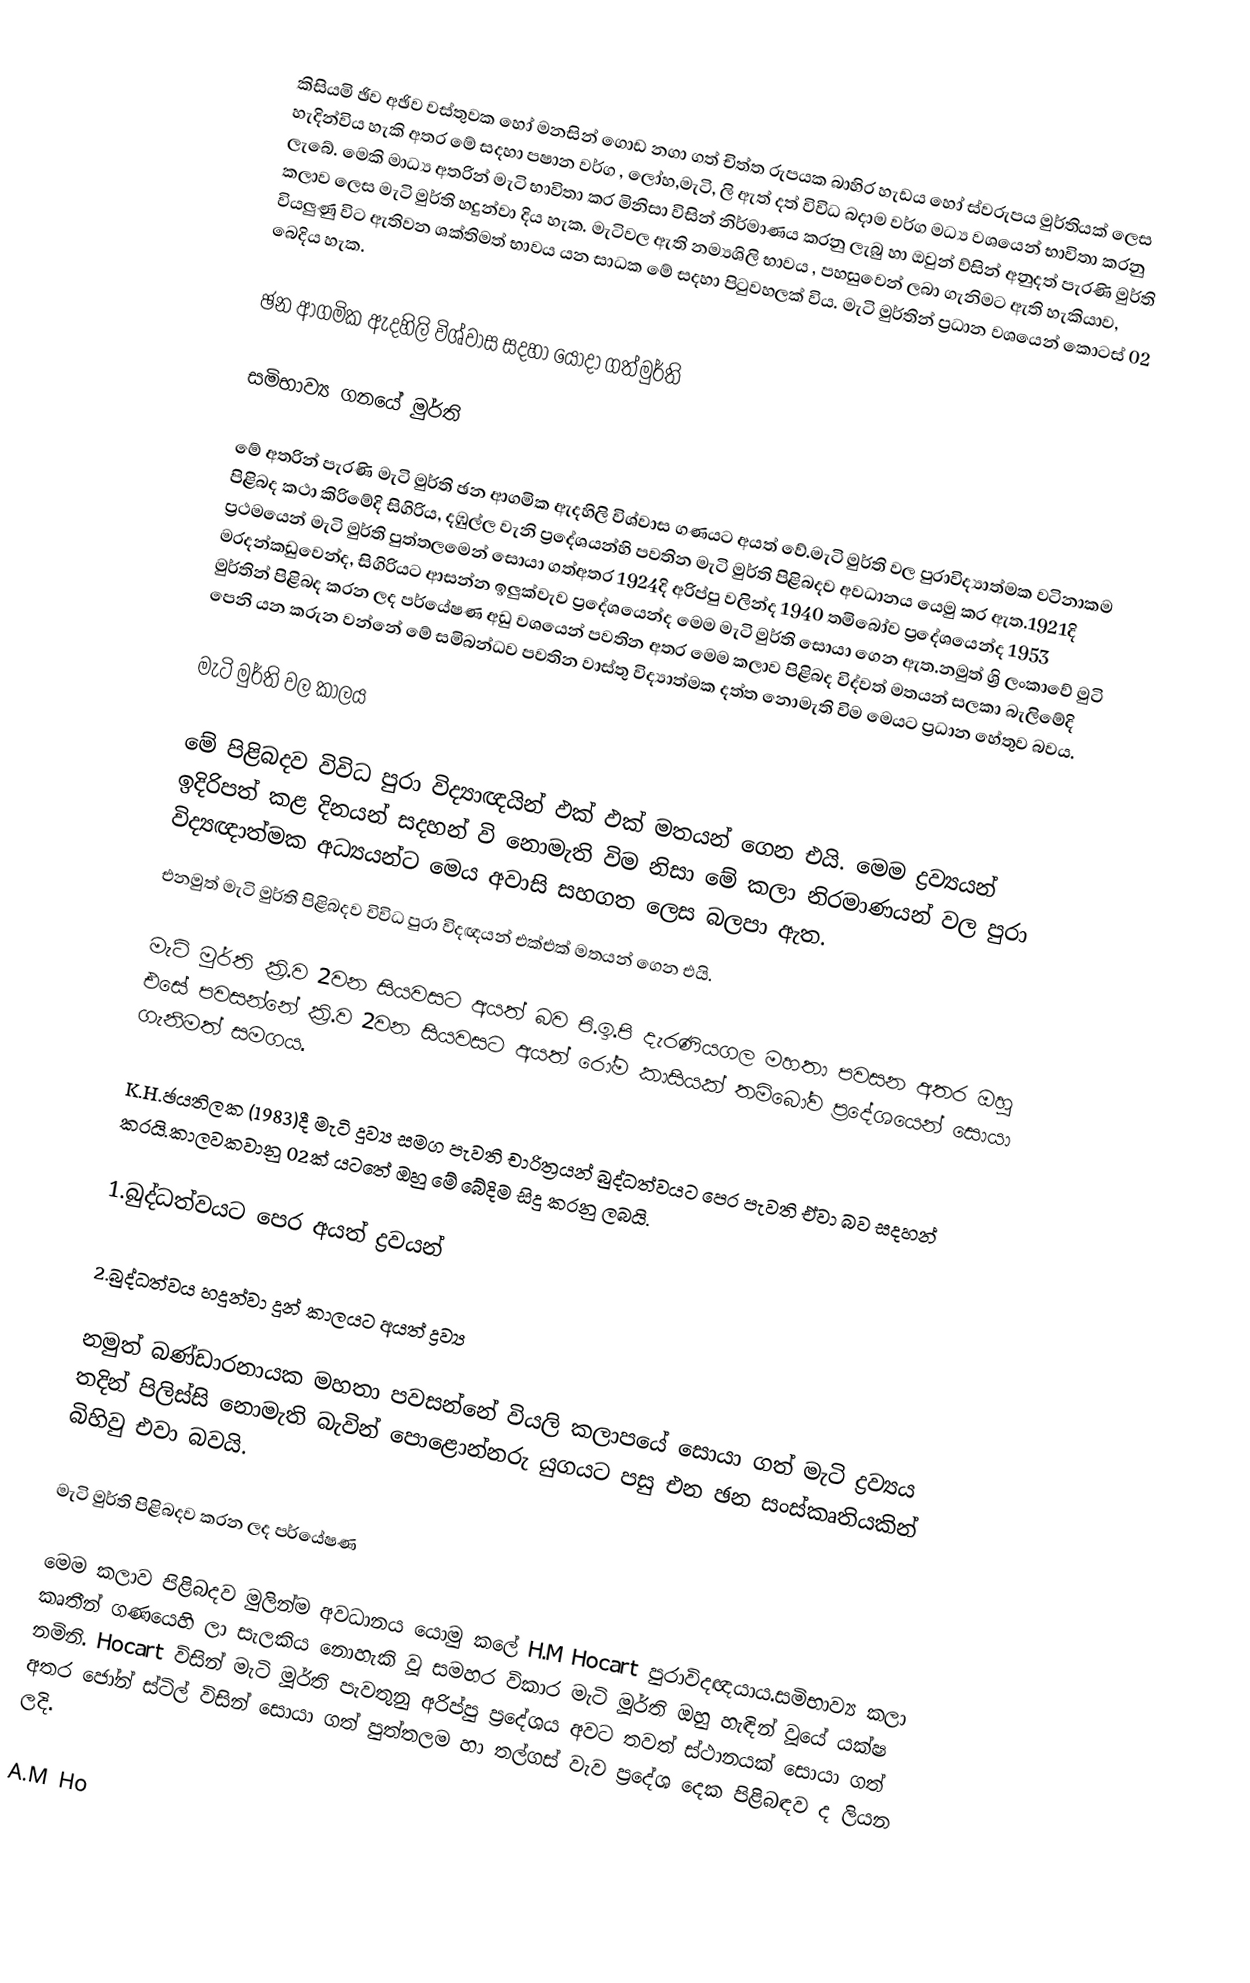
කිසියමි ඡිව අඡිව වස්තුවක හෝ මනසින් ගොඩ නගා ගත් චිත්ත රුපයක බාහිර හැඩය හෝ ස්වරුපය මුර්තියක් ලෙස හැදින්විය හැකි අතර මේ සදහා පෂාන වර්ග , ලෝහ,මැටි, ලි ඇත් දත් විවිධ බදාම වර්ග මධ්‍ය වශයෙන් භාවිතා කරනු ලැබේ. මෙකි මාධ්‍ය අතරින් මැටි භාවිතා කර මිනිසා විසින් නිර්මාණය කරනු ලැබු හා ඔවුන් ව්සින් අනුදත් පැරණි මුර්ති කලාව ලෙස මැටි මුර්ති හදුන්වා දිය හැක. මැටිවල ඇති නම්‍යශිලි භාවය , පහසුවෙන් ලබා ගැනිමට ඇති හැකියාව, වියලුණු විට ඇතිවන ශක්තිමත් භාවය යන සාධක මේ සදහා පිටුවහලක් විය. මැටි මුර්තින් ප්‍රධාන වශයෙන් කොටස් 02 බෙදිය හැක.

ඡන ආගමික ඇදහිලි විශ්වාස සදහා යොදා ගත්මුර්ති

සමිභාව්‍ය ගනයේ මුර්ති

මේ අතරින් පැරණි මැටි මුර්ති ඡන ආගමික ඇදහිලි විශ්වාස ගණයට අයත් වේ.මැටි මුර්ති වල පුරාවිද්‍යාත්මක වටිනාකම පිළිබද කථා කිරිමේදි සිගිරිය, දඹුල්ල වැනි ප්‍රදේශයන්හි පවතින මැටි මුර්ති පිළිබදව අවධානය යෙමු කර ඇත.1921දි ප්‍රථමයෙන් මැටි මුර්ති පුත්තලමෙන් සොයා ගත්අතර 1924දි අරිප්පු වලින්ද 1940 තමිබෝව ප්‍රදේශයෙන්ද 1953 මරදන්කඩුවෙන්ද, සිගිරියට ආසන්න ඉලුක්වැව ප්‍රදේශයෙන්ද මෙම මැටි මුර්ති සොයා ගෙන ඇත.නමුත් ශ්‍රි ලංකාවේ මුටි මුර්තින් පිළිබද කරන ලද පර්යේෂණ අඩු වශයෙන් පවතින අතර මෙම කලාව පිළිබද විද්වත් මතයන් සලකා බැලිමේදි පෙනි යන කරුන වන්නේ මේ සමිබන්ධව පවතින වාස්තු විද්‍යාත්මක දත්ත නොමැති විම මෙයට ප්‍රධාන හේතුව බවය.

මැටි මුර්ති වල කාලය

මේ පිළිබදව විවිධ පුරා විද්‍යාඥයින් ඵක් ඵක් මතයන් ගෙන එයි. මෙම ද්‍රව්‍යයන් ඉදිරිපත් කළ දිනයන් සදහන් වි නොමැති විම නිසා මේ කලා නිරමාණයන් වල පුරා විද්‍යඥාත්මක අධ්‍යයන්ට මෙය අවාසි සහගත ලෙස බලපා ඇත.
	එනමුත් මැටි මුර්ති පිළිබදව විවිධ පුරා විදඥයන් එක්එක් මතයන් ගෙන එයි.

			මැටි මුර්ති ක්‍රි.ව 2වන සියවසට අයත් බව පි.ඉ.පි දැරණියගල මහතා පවසන අතර ඔහු එසේ පවසන්නේ ක්‍රි.ව 2වන සියවසට අයත් රෝම කාසියක් තමිබෝව ප්‍රදේශයෙන් සොයා ගැනිමත් සමගය.

			K.H.ඡයතිලක (1983)දී මැටි දුව්‍ය සමග පැවති චාරිත්‍රයන් බුද්ධත්වයට පෙර පැවති ඒවා බව සදහන් කරයි.කාලවකවානු 02ක් යටතේ ඔහු මේ ‍බේදිම සිදු කරනු ලබයි.

			1.බුද්ධත්වයට පෙර අයත් ද්‍රවයන්

			2.බුද්ධත්වය හදුන්වා දුන් කාලයට අයත් ද්‍රව්‍ය

			නමුත් බණ්ඩාරනායක මහතා පවසන්නේ වියලි කලාපයේ සොයා ගත් මැටි ද්‍රව්‍යය තදින් පිලිස්සි නොමැති බැවින් පොළොන්නරු යුගයට පසු එන ඡන සංස්කෘතියකින් බිහිවු එවා බවයි.

මැටි මුර්ති පිළිබදව කරන ලද පර්යේෂණ

මෙම කලාව පිළිබදව මුලින්ම අවධානය යොමු කලේ H.M Hocart පුරාවිදඥයාය.සමිභාව්‍ය කලා කෘතීන් ගණයෙහි ලා සැලකිය නොහැකි වූ සමහර විකාර මැටි මූර්ති ඔහු හැඳින් වූයේ යක්ෂ නමිනි. Hocart විසින් මැටි මූර්ති පැවතුනු අරිප්පු ප්‍රදේශය අවට තවත් ස්ථානයක් සොයා ගත් අතර ජෝන් ස්ටිල් විසින් සොයා ගත් පුත්තලම හා තල්ගස් වැව ප්‍රදේශ දෙක පිළිබඳව ද ලියන ලදි.

A.M Ho